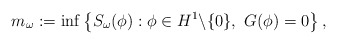
\begin{align*}m_\omega := \inf \left\{S_\omega (\phi) : \phi \in H^1\backslash \{0\}, \ G(\phi)=0\right\},\end{align*}